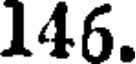
146.